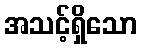
အသင့်ရှိသော